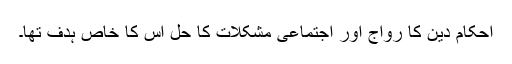
احکام دین کا رواج اور اجتماعی مشکلات کا حل اس کا خاص ہدف تھا۔